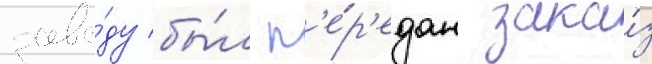
заво́ду бы́л п'е́р'едан зака́з